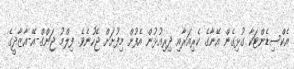
އެކްސިޑެންޓަކާ ގުޅިގެން އޭނާގެ ކެރިއަރާއި ދިރިއުޅުން އެފުށް މިފުށަށް ޖެހުނެވެ. ފިލްމު ޖަންގް-އޭ-އާޒާދީގެ